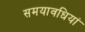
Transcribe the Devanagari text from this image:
समयावधियां